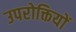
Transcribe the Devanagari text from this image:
उपरोक्तियों